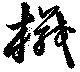
楫